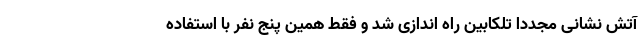
آتش نشانی مجددا تلکابین راه اندازی شد و فقط همین پنج نفر با استفاده